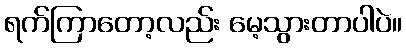
ရက်ကြာတော့လည်း မေ့သွားတာပါပဲ။